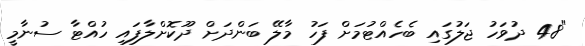
"48 ދުވަހު ޖަލުގައި ބެހެއްޓުމަށް ފަހު މާލޭ ބަންދަށް ދޫކޮށްލާފައި ހުއްޓާ ސުނާމީ